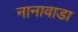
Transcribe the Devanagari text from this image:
नानावाडा